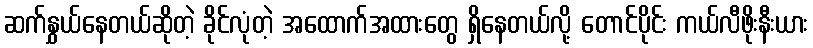
ဆက်နွှယ်နေတယ်ဆိုတဲ့ ခိုင်လုံတဲ့ အထောက်အထားတွေ ရှိနေတယ်လို့ တောင်ပိုင်း ကယ်လီဖိုးနီးယား